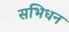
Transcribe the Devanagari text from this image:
सभिधन